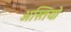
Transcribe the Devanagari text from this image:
अस्तियो